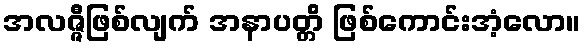
အလဇ္ဇီဖြစ်လျက် အနာပတ္တိ ဖြစ်ကောင်းအံ့လော။